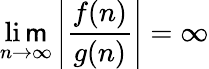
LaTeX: \operatorname*{li\mathsf{m}}_{n\to\infty}\left|{\frac{{f(n)}}{{g(n)}}}\right|=\infty